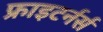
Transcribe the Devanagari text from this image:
फ्राइटर्नर्स